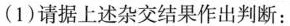
(1)请据上述杂交结果作出判断：